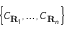
\left\{ C _ { \mathbf { R } _ { 1 } } , \ldots , C _ { \mathbf { R } _ { n } } \right\}